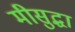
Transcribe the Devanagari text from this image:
मीसुद्धा